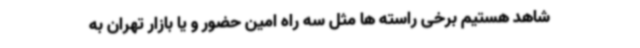
شاهد هستیم برخی راسته ها مثل سه راه امین حضور و یا بازار تهران به